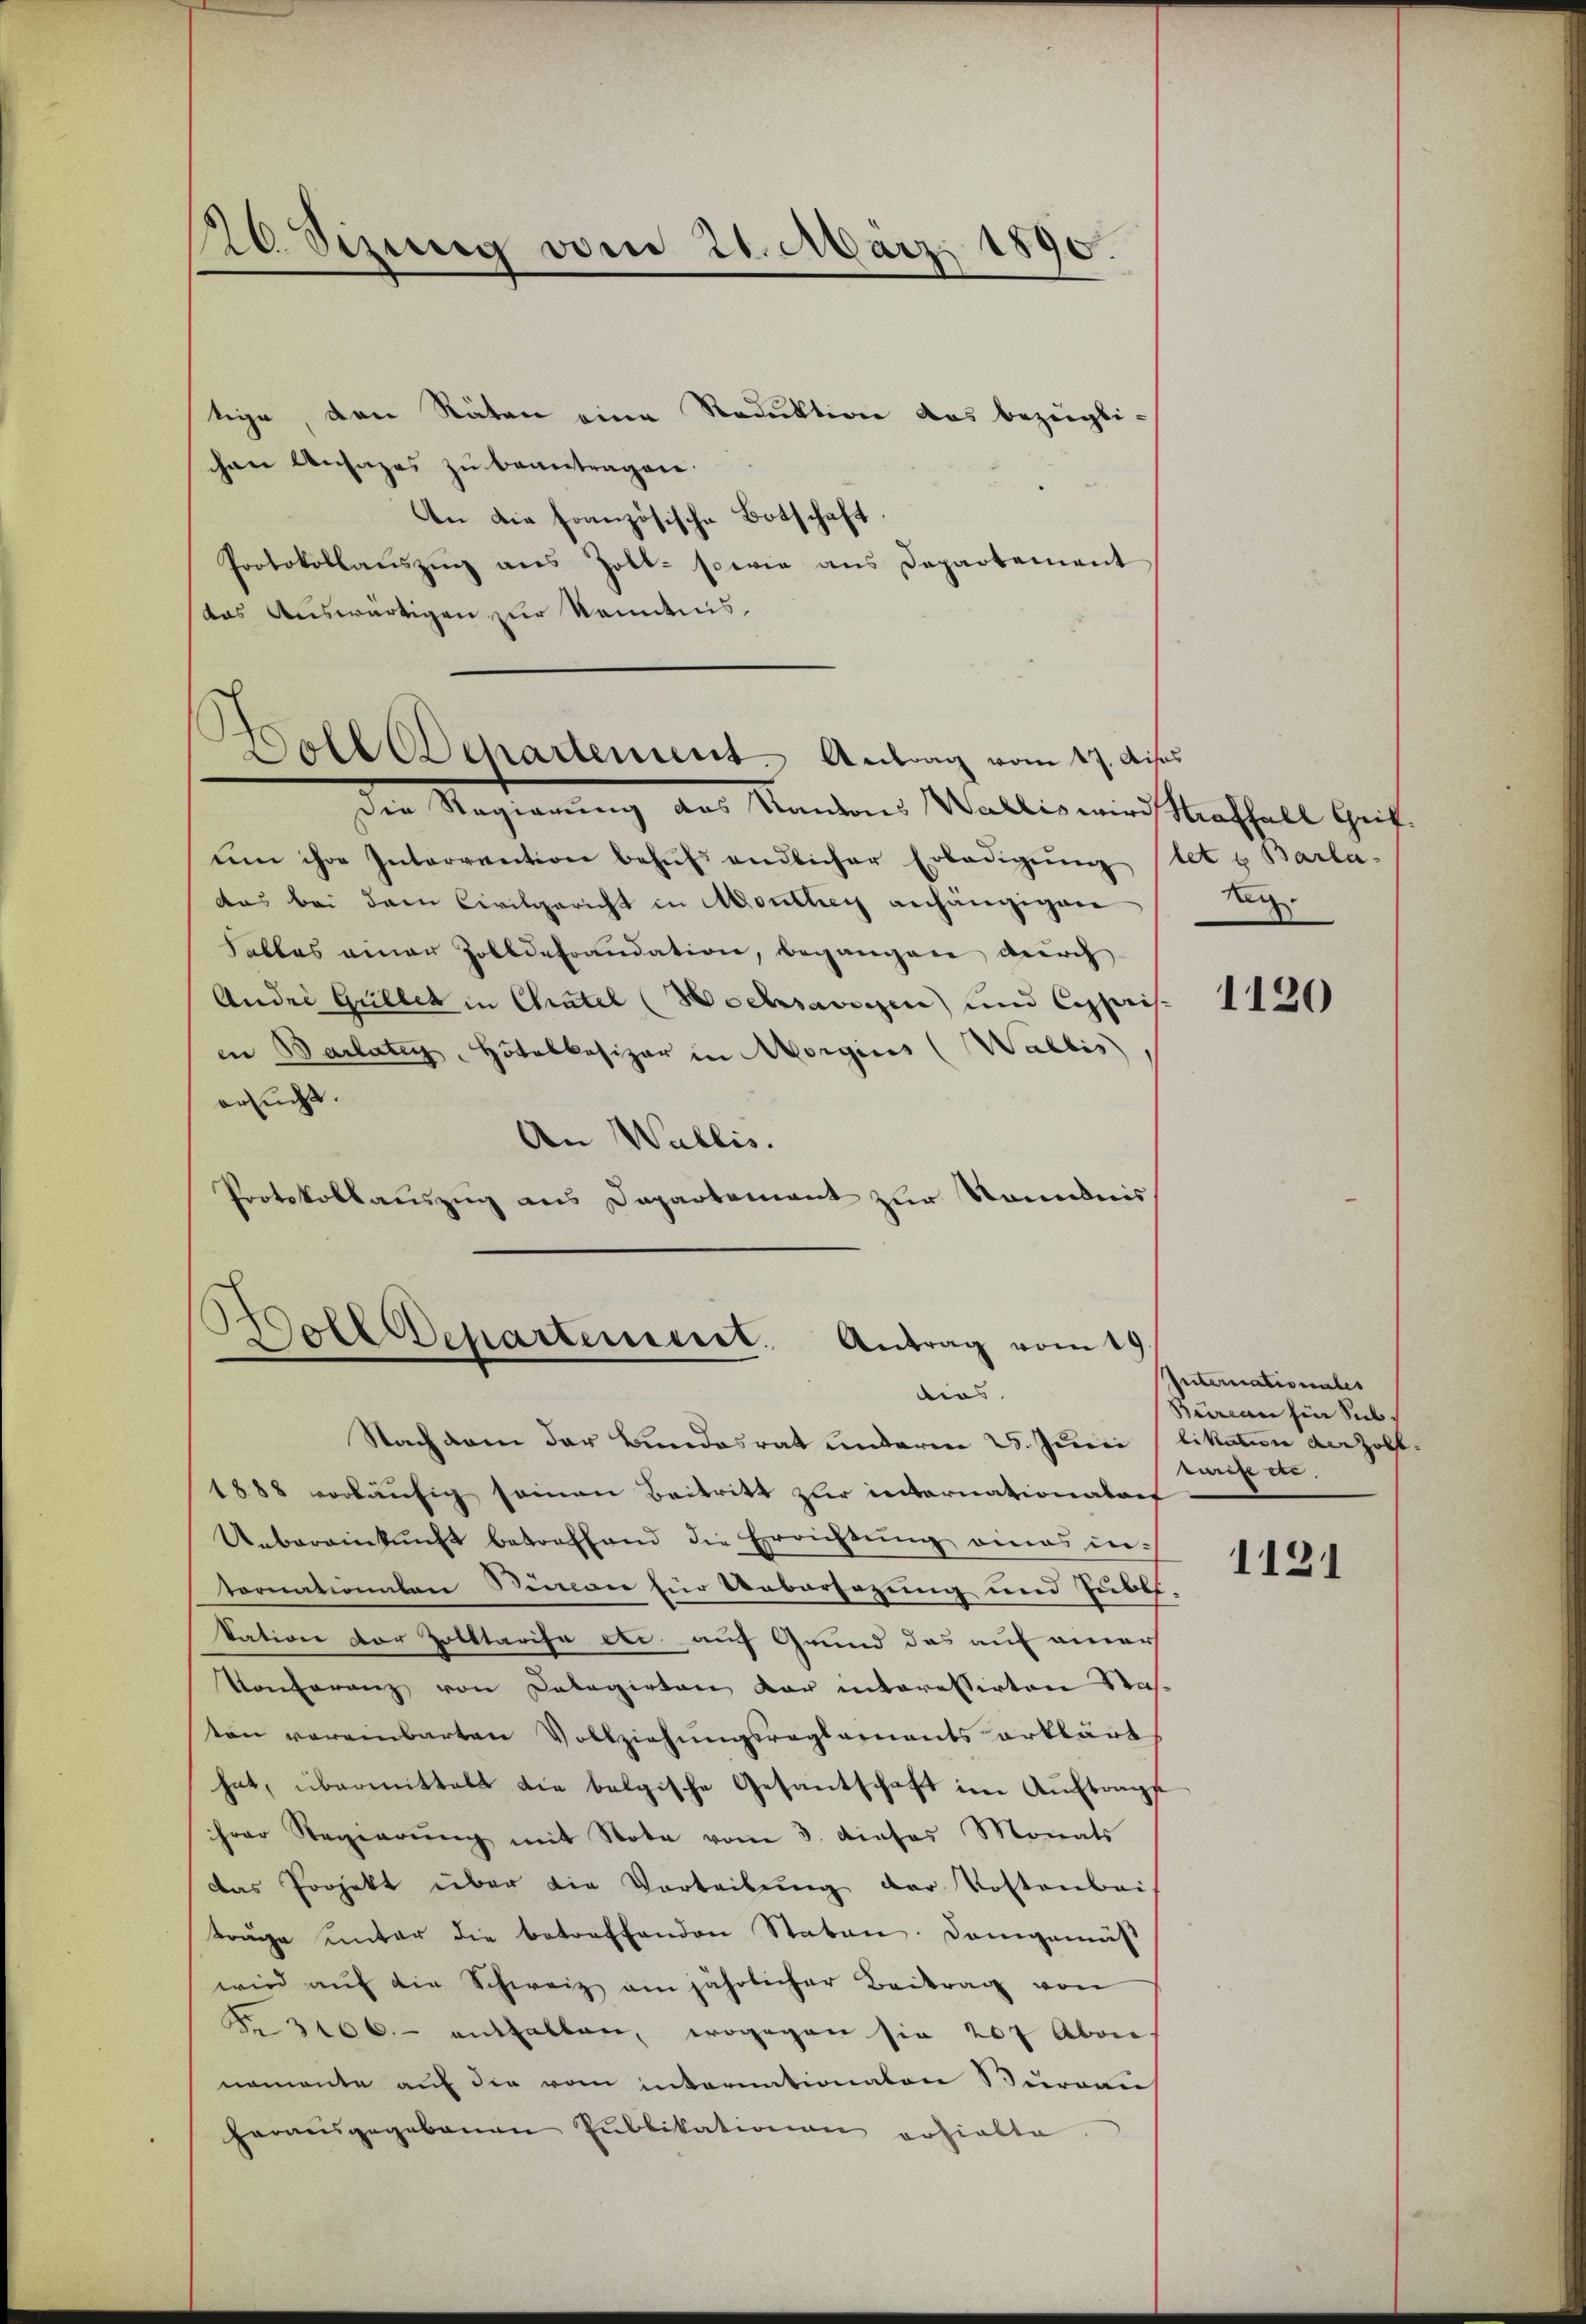
126. Sizung vom 21. März 1890.

tige, den Räten eine Reduktion das bezügli-
chen Ansages zu beantragen.
An die französische Botschaft
Protokollaŭszŭg ans Zoll- sowie ans Departement
das Auswärtigen zur Kenntnis,
ŭm ihre Intervention behŭfs endlicher Erledigung
das bei dem Civilgericht in Monthey anhängigen
Fables einer Zolldefraudation, begangen durch
Andre Güller in Chatel (Hochsavisen und Cesaris
en Barlater Hotalkasizer in Morgins (Wallis
ersucht.
An Wallis.
Protokollauszug aus Departement zur Kenntnis

Portepartement. Antrag vom 17. Aus
Die Regierung des Kantons Wallis wird Straffall Grit.

Woll Departement. Antrag vom 19
dies

Nachdem der Bundesrat underen 25. Juni likation verzoll¬
1888 vorläŭfig seinen Beitritt zur internationalref
Uebereinkunft betreffend die Errichtŭng eines intornationalen Sinner für Uebersezung und Zube-
tation der Zolltarise etc. auf Grund das auf einer
Konferenz von Calagirten dar interessirten Nas-
sten vereinbarten Vollziehŭngsregsannants erklärt
hat, übermittelt die belgische Gesantschaft im Auftrags
hrer Regierŭng mit Note vom 3. dieses Monats
das Projekt über die Vorteilung der Kostenbei
träge unter die betreffenden Staten. Dangemäß
wird aŭf die Schweiz am jährlicher Beitrag von
Nr. 3100.- enthalten, wogegen sie 207 Aber
nomente auf die vom internationaten Surran
herausgegebenen Publikationen erhielte.

let u Barla¬
Reg.

1120

Internatis unter
Büreau fin Submeister.

1121